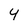
Character: 4